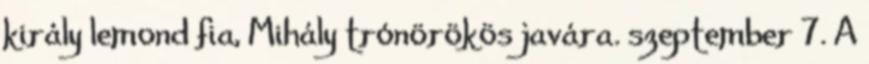
király lemond fia, Mihály trónörökös javára. szeptember 7. A